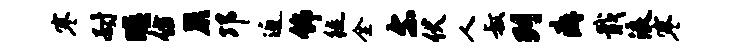
寒耐暝仿蕨邛近饰徙全尔伏人叔列癖戢浪寒